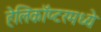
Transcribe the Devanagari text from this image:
हेलिकॉप्टरमध्ये